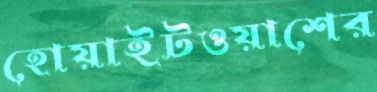
হোয়াইটওয়াশের